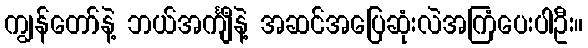
ကျွန်တော်နဲ့ ဘယ်အင်္ကျီနဲ့ အဆင်အပြေဆုံးလဲအကြံပေးပါဦး။